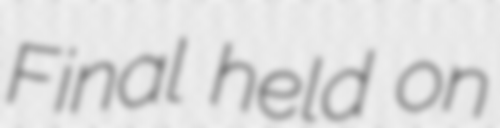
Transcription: Final held on